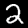
Label: 2